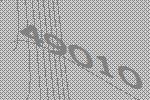
49010